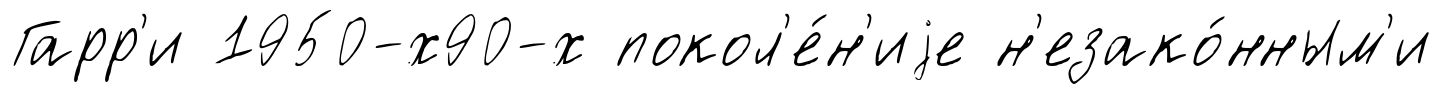
Гарр'и 1950-х90-х покол'е́н'иjе н'езако́нным'и